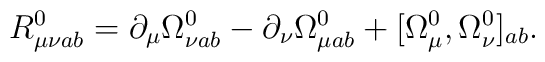
R_{\mu\nu ab}^{0}=\partial_{\mu}\Omega^{0}_{\nu ab}-\partial_{\nu}\Omega^{0}_{\mu ab}+[\Omega^{0}_{\mu},\Omega^{0}_{\nu}]_{ab}.